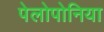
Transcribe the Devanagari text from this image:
पेलोपोनिया